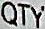
QTY